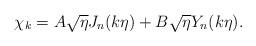
LaTeX: \begin{align*}\chi_k =A\sqrt{\eta }J_n(k\eta )+B\sqrt{\eta }Y_n(k\eta ).\end{align*}